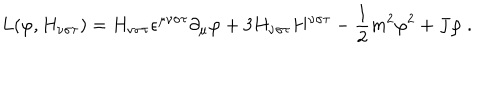
LaTeX: L ( \varphi , H _ { \nu \sigma \tau } ) = H _ { \nu \sigma \tau } \epsilon ^ { \mu \nu \sigma \tau } \partial _ { \mu } \varphi + 3 H _ { \nu \sigma \tau } H ^ { \nu \sigma \tau } - \frac { 1 } { 2 } m ^ { 2 } \varphi ^ { 2 } + J \varphi \ .